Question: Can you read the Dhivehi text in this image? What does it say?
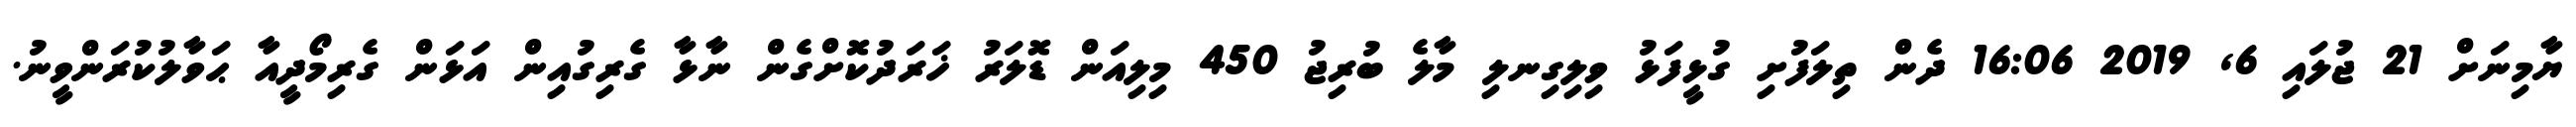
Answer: ޔާމިނަށް 21 ޖުލައި 6, 2019 16:06 ދެން ތިލަފުށި ގުޅީފަޅު ވިލިގިނލި މާލެ ބުރިޖު 450 މިލިއަން ޑޮލަރު ޚަރަދުކޮށްގެން ނާޅާ ގެރިގުއިން އަޅަން ގެރިމޯދީއާ ޙަވާލުކުރަންވީނު.